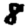
Digit: 8